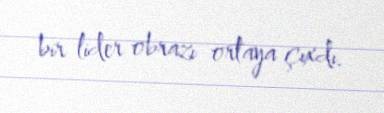
bir lider obrazı ortaya çıxdı.